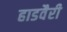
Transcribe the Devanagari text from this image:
हाडवैरी